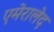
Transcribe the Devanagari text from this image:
एमेरालेद